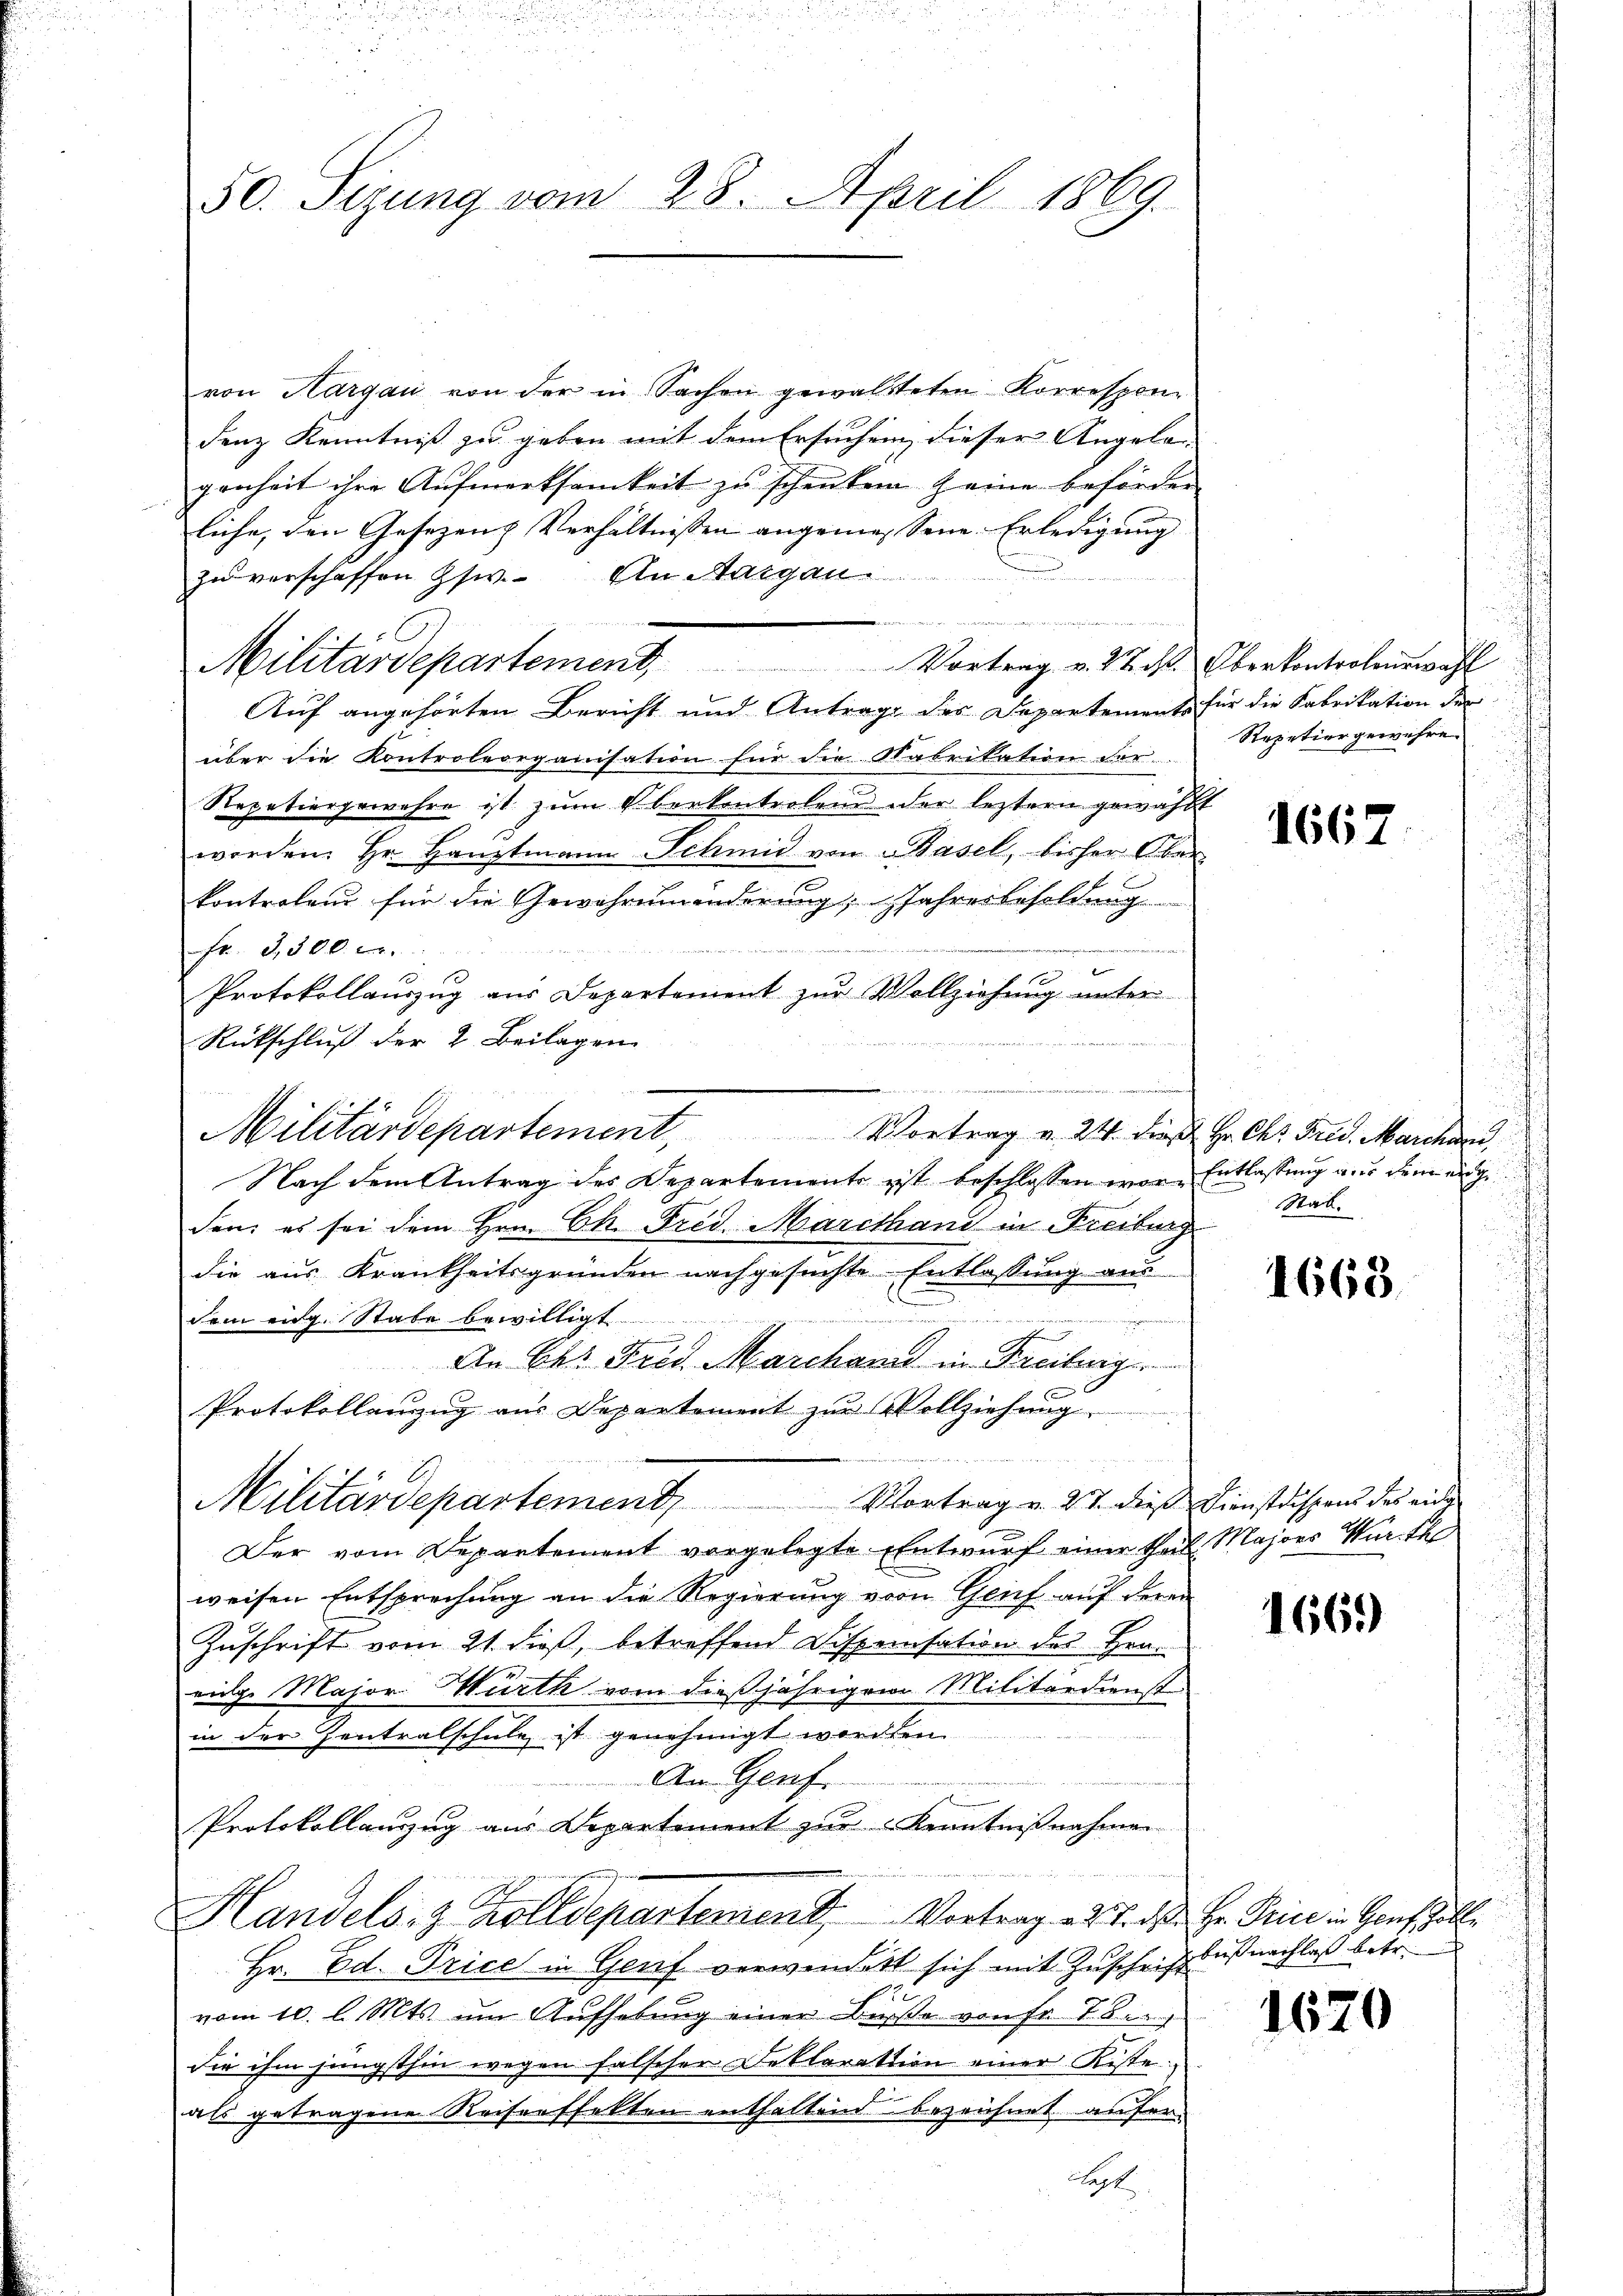
50. Sizung vom 28. April 1869.

von Hargau von der in Sachen gewalteten Korrespon-
denz Kenntniß zu geben mit dem Ersuchen dieser Angelagenheit ihre Aufmerksamkeit zu schenken seine beförden
liche, den Gesezen Verhältnissen angemessene Erledigung
zu verschaffen usw. An Margau.

Militärdepartement. Vortrag v. 22. d. Oberkontrolenswahl
Auf angehörten Bericht und Antrage des Departements für die Fabrikation der
über die Kontroleorganisation für die Nabrikation der
Repetiergewahre ist zŭm Aberkontrolend der leztern gewählt
worden. Hr. Hauptmann Schmid von Basel, bisher Ober
3
kontralend für die Gewährenanderung, Jahresbesoldung
.
d
fr. 3,500. c.

Protokollauszug aus Departement zur Vollziehung unter
denn der
Rückschluß der 2. Beilagen
Nach dem Antrag des Departemente ist beschlossen wor-Entlassung aus dem angeden, es sei dem Hrn. Ch. Frid. Marethani in Freiburg
die aus Krankheitsgründen nachgesuchte Entlassung aus

dem eidg. Stabe bewilligt.
An Ch. Frid. Marchand in Freiburg
Protokollenzug aus Departement zŭr Vollziehŭng
Vortrag v. 27. dies Dienstrissens des eing
Militärdepartement,
Der vom Departement vorgelegte Entwurf einer theil Majors Wurth
weisen Entsprechung an die Regierung von Genf auf deren
Zuschrift vom 21. dieß, betreffend Dispensation des Hrn.
eige Major Würth vom dießjährigem Militärdienst
in der Zentralschule ist genehmigt werde
An Genf.
Protokollanzug aus Departement zur Kenntnißnahmen
Handels- & Zolldepartement, Vortrag es Todes Hr. Price in Genschalte
Hr. Ed. Price in Genf verwendet sich mit Zuschrift
vom 10. l. Mts. um Aufhebung einer Busse von Fr. 78.
die ihm jüngsthin wegen falscher Deklaration einer Kiste
als getragene Reiserffelten enthaltend bezeichnet anfer-
Sept

Militärdepartement. Vortrag v. 24. dieß Hr. Chr. Frid. Marchau,

Repetiergewehre.

1667

Stab.

1668.

1669

bis nachlaß betr.

1620